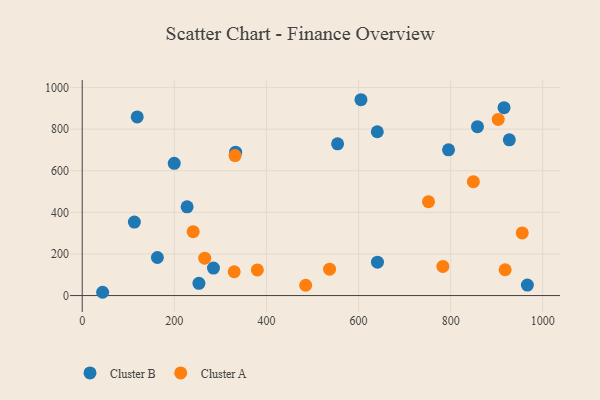
{"axis": {"x": "Engine Size", "y": "Exam Score"}, "legend": ["Cluster A", "Cluster B"], "data": [{"x": "927.4", "y": 748.6, "type": "Cluster B"}, {"x": "119.4", "y": 858.8, "type": "Cluster B"}, {"x": "113.2", "y": 353.5, "type": "Cluster B"}, {"x": "858.2", "y": 812.0, "type": "Cluster B"}, {"x": "605.3", "y": 941.5, "type": "Cluster B"}, {"x": "966.6", "y": 50.4, "type": "Cluster B"}, {"x": "253.4", "y": 59.0, "type": "Cluster B"}, {"x": "227.7", "y": 426.6, "type": "Cluster B"}, {"x": "640.7", "y": 787.6, "type": "Cluster B"}, {"x": "641.1", "y": 160.5, "type": "Cluster B"}, {"x": "199.8", "y": 635.8, "type": "Cluster B"}, {"x": "554.5", "y": 729.7, "type": "Cluster B"}, {"x": "285.0", "y": 132.2, "type": "Cluster B"}, {"x": "795.4", "y": 700.4, "type": "Cluster B"}, {"x": "915.9", "y": 903.3, "type": "Cluster B"}, {"x": "44.3", "y": 15.8, "type": "Cluster B"}, {"x": "333.1", "y": 689.5, "type": "Cluster B"}, {"x": "163.2", "y": 183.1, "type": "Cluster B"}, {"x": "751.9", "y": 451.3, "type": "Cluster A"}, {"x": "918.3", "y": 124.2, "type": "Cluster A"}, {"x": "331.8", "y": 672.9, "type": "Cluster A"}, {"x": "266.0", "y": 179.6, "type": "Cluster A"}, {"x": "783.1", "y": 140.2, "type": "Cluster A"}, {"x": "380.3", "y": 123.2, "type": "Cluster A"}, {"x": "903.3", "y": 846.9, "type": "Cluster A"}, {"x": "955.4", "y": 301.1, "type": "Cluster A"}, {"x": "330.0", "y": 114.5, "type": "Cluster A"}, {"x": "485.2", "y": 49.5, "type": "Cluster A"}, {"x": "537.1", "y": 126.9, "type": "Cluster A"}, {"x": "240.9", "y": 307.3, "type": "Cluster A"}, {"x": "849.3", "y": 547.3, "type": "Cluster A"}]}